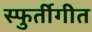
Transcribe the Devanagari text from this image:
स्फुर्तीगीत